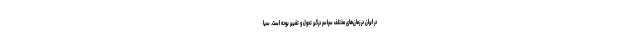
در ایران در زمان‌های مختلف سراسر درگیر تحول و تغییر بوده است. سیا